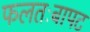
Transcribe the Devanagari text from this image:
फलतःबापट